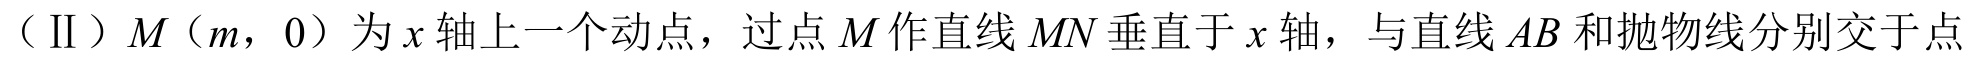
（Ⅱ）\(M(m,0)\)为\(x\)轴上一个动点，过点\(M\)作直线\(MN\)垂直于\(x\)轴，与直线\(AB\)和抛物线分别交于点